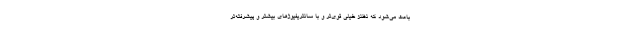
باعث می‌شود که نظنز خیلی قوی‌تر و با سانتریفیوژهای بیشتر و پیشرفته‌تر